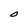
Character: O